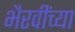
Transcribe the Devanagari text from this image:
भैरवींच्या